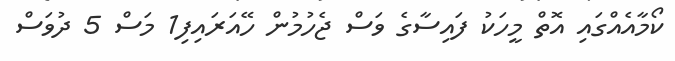
ކޯމާއެއްގައި އޮތް މީހަކު ފައިސާގެ ވަސް ޖެހުމުން ހޭއަރައިފި1 މަސް 5 ދުވަސް